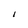
Character: 1